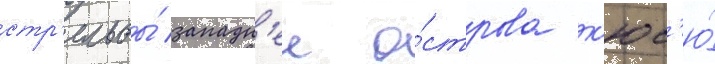
стр'ельбы́ западн'ее о́строва к'юс'ю́